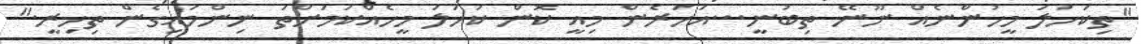
"ތިކަހަލަ މީހުންނެއް ނޫނޭ ތިބުނީ...އަހަރެން މިއީ ކޮން ކަހަލަ މީހެއްކަމަށްތަ ނިންމައިގެން ތިހިރީ."